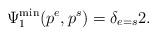
LaTeX: \begin{align*}\Psi_1^{\min}(p^e, p^s)=\delta_{e=s} 2.\end{align*}